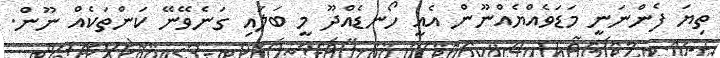
ތިޔަ ފެންނަނީ މަޑަވެއްޔެއްނޫން އެއީ ހޯނޑެއްދޫ މީ ބަލައި ގަނެވޭނޭ ކަންތަކެއް ނޫން.